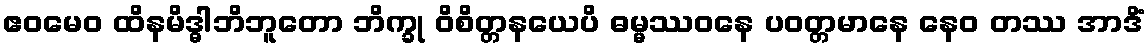
ဧဝမေဝ ထိနမိဒ္ဓါဘိဘူတော ဘိက္ခု ဝိစိတ္တနယေပိ ဓမ္မဿဝနေ ပဝတ္တမာနေ နေဝ တဿ အာဒိံ